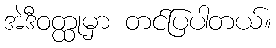
အဲဒီဝတ္ထုမှာ တင်ပြပါတယ်။